Teachers and National Service, 1939
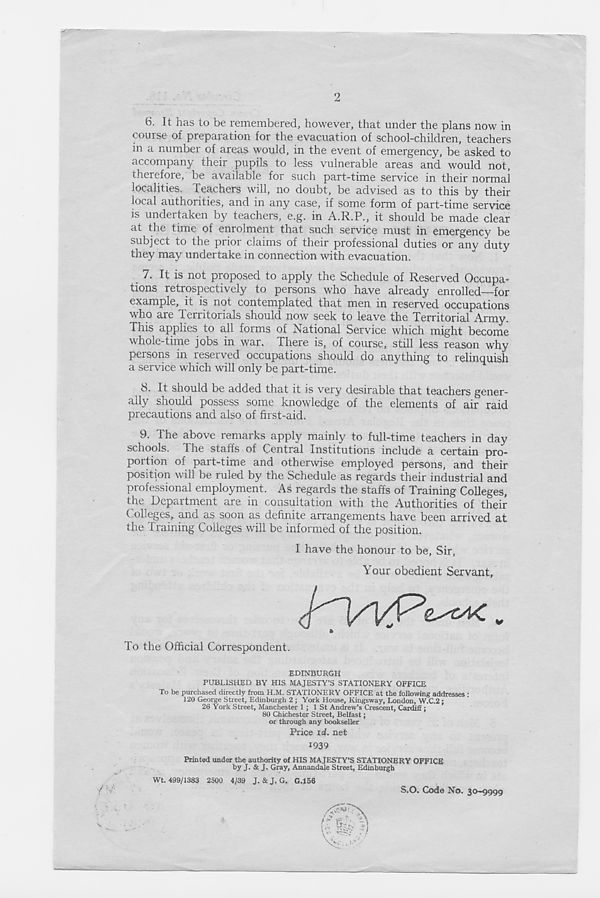
2
6. It has to be remembered, however, that under the plans now in
course of preparation for the evacuation of school-children, teachers
in a number of areas would, in the event of emergency, be asked to
accompany their pupils to less vulnerable areas and would not,
therefore, be available for such part-time service in their normal
localities. Teachers will, no doubt, be advised as to this by their
local authorities, and in any case, if some form of part-time service
is undertaken by teachers, e.g. in A.R.P., it should be made clear
at the time of enrolment that such service must in emergency be
subject to the prior claims of their professional duties or any duty
they may undertake in connection with evacuation.
.7. It is not proposed to apply the Schedule of Reserved Occupa-
tions retrospectively to persons who have already enrolled for
example, it is not contemplated that men in reserved occupations
who are Territorials should now seek to leave the Territorial Army.
This applies to all forms of National Service which might become
whole-time jobs in war. There is, of course, still less reason why
persons in reserved occupations should do anything to relinquish
a service which will only be part-time.
^ S. It should be added that it is very desirable that teachers gener-
ally should possess some knowledge of the elements of air raid
precautions and also of first-aid.
9. The above remarks apply mainly to full-time teachers in day
schools. Ihe stalls of Central Institutions include a certain pro-
portion of part-time and otherwise employed persons, and their
position will be ruled by the Schedule as regards their industrial and
professional employment. As regards the staffs of Training Colleges,
the Department are in consultation with the Authorities of their
Colleges, and as soon as definite arrangements have been arrived at
the Training Colleges will be informed of the position.
I have the honour to be, Sir,
Your obedient Servant,
a
To the Official Correspondent.
EDINBURGH
PUBLISHED BY HIS MAJESTY’S STATIONERY OFFICE
To be purchased directly from H.M. STATIONERY OFFICE at the following addresses :
120 George Street, Edinburgh 2 ; York House, Kingsway, London, W.C.2:
26 York Street, Manchester 1 ; 1 St Andrew’s Crescent, Cardiff :
80 Chichester Street, Belfast;
or through any bookseller
Price id. net
1939
Printed under the authority of HIS MAJESTY’S STATIONERY OFFICE
by J. & J. Gray, Annandale Street, Edinburgh
Wt. 499/1383 2500 4/39 J. & J. G. G.156
S.O. Code No. 30-9999